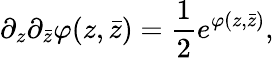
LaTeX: \partial_{z}\partial_{\bar{z}}\varphi(z,\bar{z})={\frac{1}{2}}e^{\varphi(z,\bar{z})},